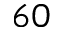
6 0